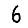
Digit: 6